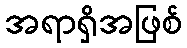
အရာရှိအဖြစ်